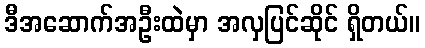
ဒီအဆောက်အဦးထဲမှာ အလှပြင်ဆိုင် ရှိတယ်။